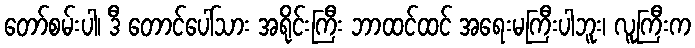
တော်စမ်းပါ၊ ဒီ တောင်ပေါ်သား အရိုင်းကြီး ဘာထင်ထင် အရေးမကြီးပါဘူး၊ လူကြီးက